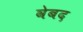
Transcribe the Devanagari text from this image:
वेबद